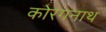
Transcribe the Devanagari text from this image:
कोरंगनाथ